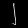
Digit: ၂